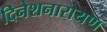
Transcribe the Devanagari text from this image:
दिनेशनारायण